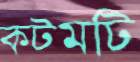
কটমটি